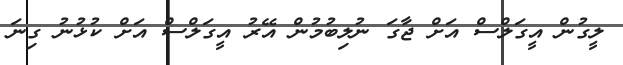
ލީގުން އީގަލްސް އަށް ޖާގަ ނުލިބުމުން އޭރު އީގަލްސް އަށް ކުޅުނު ގިނަ